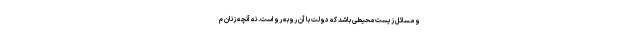
و مسائل زیست محیطی باشد که دولت با آن روبه رو است. نه آنچه زنان م